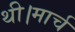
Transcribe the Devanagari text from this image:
थी।मार्च